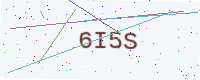
Text: 6I5S